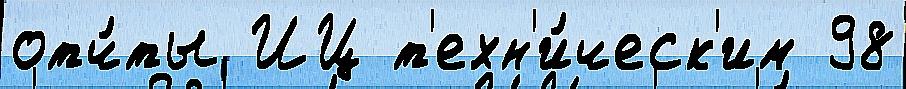
отч́ты ИЦ т'ехн'и́ческ'им 98